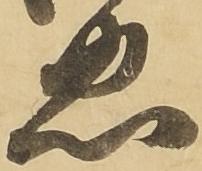
忠